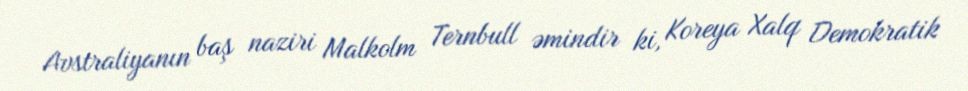
Avstraliyanın baş naziri Malkolm Ternbull əmindir ki, Koreya Xalq Demokratik